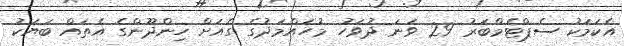
އެކަމަކު ސެޕްޓެމްބަރު 29 ވަނަ ދުވަހު މުހައްމަދުގެ ގެއަށް ހިންދޫންގެ އެތައް ބަޔަކު